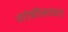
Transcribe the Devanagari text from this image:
गोष्टींसकट